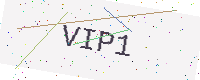
Text: VIP1